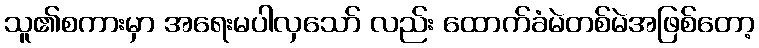
သူ၏စကားမှာ အရေးမပါလှသော် လည်း ထောက်ခံမဲတစ်မဲအဖြစ်တော့